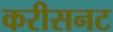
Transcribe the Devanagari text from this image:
करीसनट